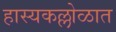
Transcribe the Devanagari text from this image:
हास्यकल्लोळात